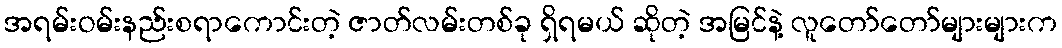
အရမ်းဝမ်းနည်းစရာကောင်းတဲ့ ဇာတ်လမ်းတစ်ခု ရှိရမယ် ဆိုတဲ့ အမြင်နဲ့ လူတော်တော်များများက